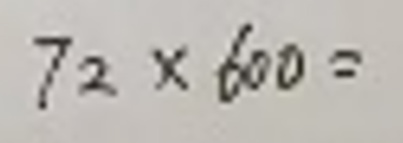
$72\times600 =$